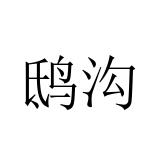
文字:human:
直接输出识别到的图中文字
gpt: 鸱沟